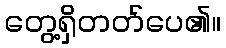
တွေ့ရှိတတ်ပေ၏။